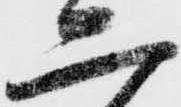
二